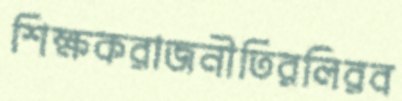
শিক্ষকরাজনীতিরলিরব